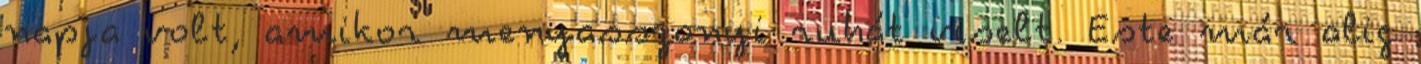
napja volt, amikor menyasszonyi ruhát viselt. Este már alig